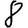
Digit: 8